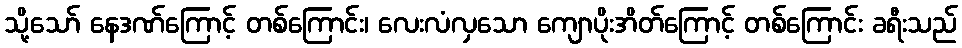
သို့သော် နေဒဏ်ကြောင့် တစ်ကြောင်း၊ လေးလံလှသော ကျောပိုးအိတ်ကြောင့် တစ်ကြောင်း ခရီးသည်